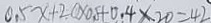
0 . 5 x + 2 0 \times 0 . 5 + 0 . 4 \times 2 0 = 4 2